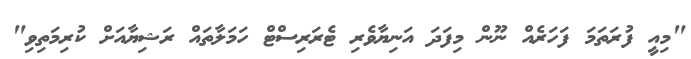
"މިއީ ފުރަތަމަ ފަހަރެއް ނޫން މިފަދަ އަނިޔާވެރި ޓެރަރިސްޓް ހަމަލާތައް ރަޝިޔާއަށް ކުރިމަތިވި"